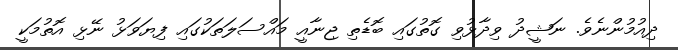
ދިއުމުންނެވެ. ނަޝީދު ވިދާޅުވި ގޮތުގައި ބޮޑެތި ޖިނާއީ މައްސަލަތަކުގައި ފިޔަވަޅު ނޭޅި އޮތުމަކީ